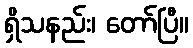
ရှိသနည်း၊ တော်ပြီ။